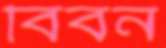
বিবর্ন